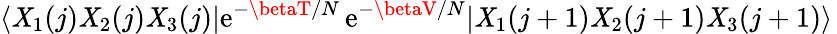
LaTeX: \langle\mathit{X}_{1}(j)\mathit{X}_{2}(j)\mathit{X}_{3}(j)|\mathrm{{e}}^{-\betaT/N}\, \mathrm{{e}}^{-\betaV/N}|\mathit{X}_{1}(j+1)\mathit{X}_{2}(j+1)\mathit{X}_{3}(j+1)\rangle\,